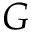
G